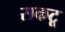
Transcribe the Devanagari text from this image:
सकटू